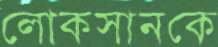
লোকসানকে